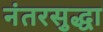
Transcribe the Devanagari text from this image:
नंतरसुद्धा